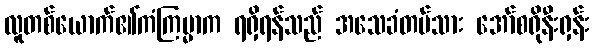
လူတစ်ယောက်၏ကံကြမ္မာက ရရှိရန်သည် အသေခံတပ်သား အော်စရိုနီးရှန်း